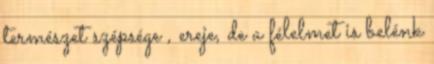
természet szépsége , ereje, de a félelmet is belénk